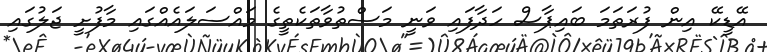
އޭޑީކޭ އިން ފުރަތަމަ ބައިޕާސް ހަދާފައި ވަނީ މަސްތުވާތަކެތީގެ މައްސަލައެއްގައި މާފުށީ ޖަލުގައި